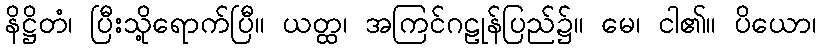
နိဋ္ဌိတံ၊ ပြီးသို့ရောက်ပြီ။ ယတ္ထ၊ အကြင်ဂဠုန်ပြည်၌။ မေ၊ ငါ၏။ ပိယော၊